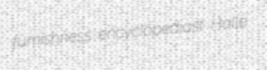
fumishness encyclopediast Halle